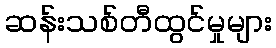
ဆန်းသစ်တီထွင်မှုများ